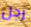
رجل